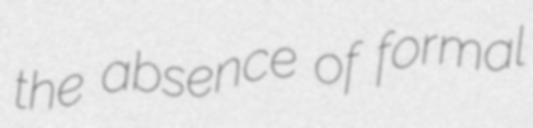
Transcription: the absence of formal